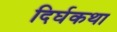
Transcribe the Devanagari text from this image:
दिर्घकथा